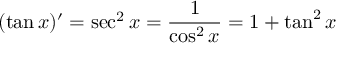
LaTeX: ( \tan x ) ^ { \prime } = \sec ^ { 2 } x = { \frac { 1 } { \cos ^ { 2 } x } } = 1 + \tan ^ { 2 } x